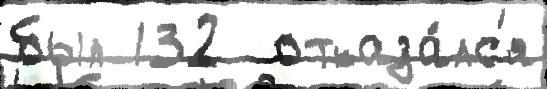
был 132  отказа́лс'я